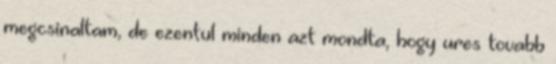
megcsinaltam, de ezentul minden azt mondta, hogy ures tovabb